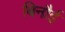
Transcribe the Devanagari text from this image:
बिनौई